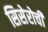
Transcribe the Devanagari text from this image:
सिसेरोची